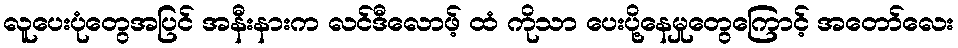
လူပေးပုံတွေအပြင် အနီးနားက လင်ဒီလောဖ့် ထံ ကိုသာ ပေးပို့နေမှုတွေကြောင့် အတော်လေး